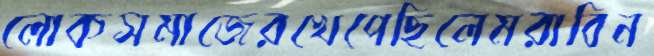
লোকসমাজেরখেপেছিলেমরাবিন